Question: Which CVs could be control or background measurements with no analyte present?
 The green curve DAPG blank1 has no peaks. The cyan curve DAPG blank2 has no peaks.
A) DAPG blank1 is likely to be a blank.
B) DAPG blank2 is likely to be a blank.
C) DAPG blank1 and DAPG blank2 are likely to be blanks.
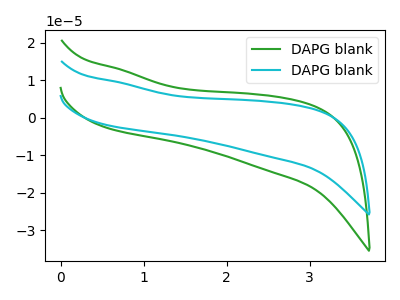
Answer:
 <answer>C) "DAPG blank1" and "DAPG blank2" are likely to be blanks.</answer>
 <eval>C</eval>